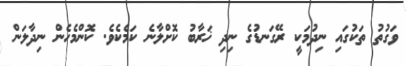
ވަގުތު ތަކުގައި ނިދުމަކީ ރޭގަނޑުގެ ނިދި ޚަރާބު ކޮށްލާނެ ކަމެކެވެ. ކޮންމެހެން ނިދާލަން